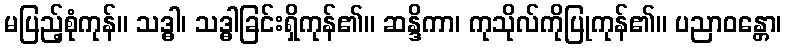
မပြည့်စုံကုန်။ သဒ္ဓါ၊ သဒ္ဓါခြင်းရှိကုန်၏။ ဆန္ဒိကာ၊ ကုသိုလ်ကိုပြုကုန်၏။ ပညာဝန္တော၊